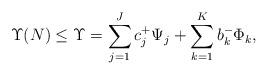
LaTeX: \begin{align*}\Upsilon(N) \le \Upsilon = \sum_{j=1}^J c_j^+ \Psi_j + \sum_{k=1}^K b_k^- \Phi_k,\end{align*}